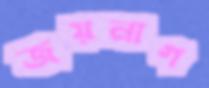
জয়নাগ